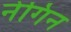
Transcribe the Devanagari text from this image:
नेगिन